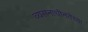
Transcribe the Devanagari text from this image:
व्यसनाधीनतेच्या